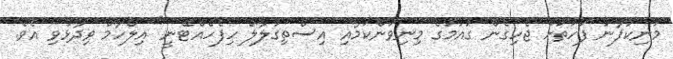
މަނިކުފާނު ފަހަތަށް ޖެހިގެން ގައުމުގެ މިނިވަންކަމާއި އިސްތިގުލާލް ހިފެހެއްޓޭނީ" އިލްހާމް ވިދާޅުވި އެވެ.